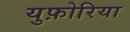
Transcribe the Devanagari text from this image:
युफ़ोरिया